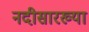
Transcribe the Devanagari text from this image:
नदीसारख्या